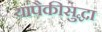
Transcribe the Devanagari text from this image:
यांपैकीसुद्धा